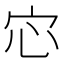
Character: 𫲽